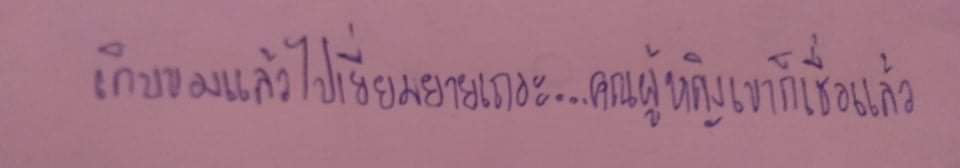
เก็บของแล้วไปเยี่ยมยายเถอะ...คุณผู้หญิงเขาก็เชื่อแล้ว"